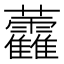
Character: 𧆑